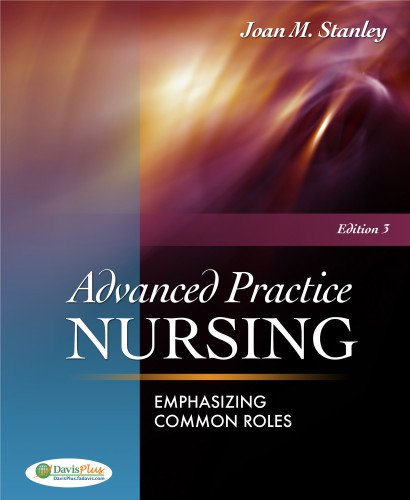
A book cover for Advanced Practice Nursing: Emphasizing Common Roles; Joan M. Stanley PhD  RN  CRNP  FAAN; Medical Books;